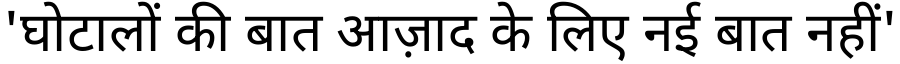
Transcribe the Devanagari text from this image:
'घोटालों की बात आज़ाद के लिए नई बात नहीं'